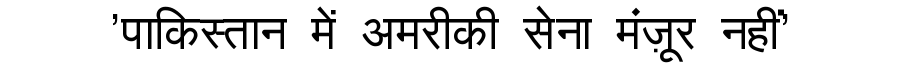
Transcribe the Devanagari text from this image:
'पाकिस्तान में अमरीकी सेना मंज़ूर नहीं'